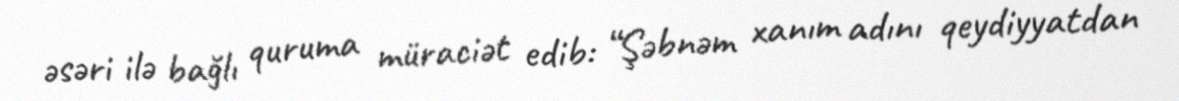
əsəri ilə bağlı quruma müraciət edib: “Şəbnəm xanım adını qeydiyyatdan